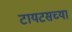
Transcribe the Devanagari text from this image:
टायटसच्या